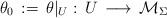
LaTeX: \begin{align*}\theta_0\, :=\, \theta\vert_U :\, U\,\longrightarrow\, {\mathcal M}_\Sigma\end{align*}